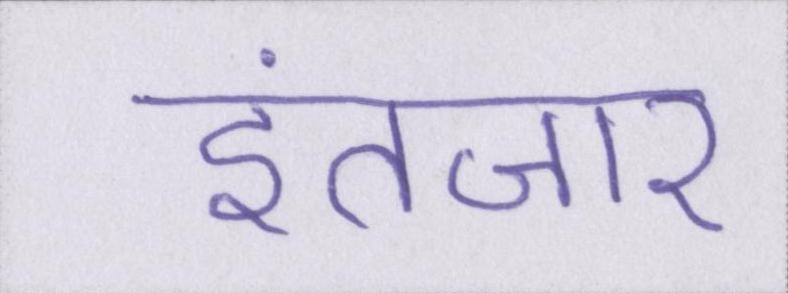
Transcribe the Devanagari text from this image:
इंतज़ार